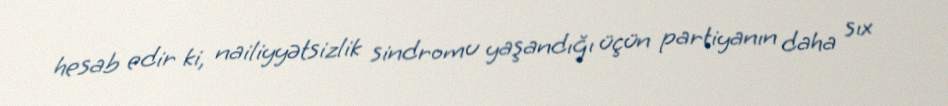
hesab edir ki, nailiyyətsizlik sindromu yaşandığı üçün partiyanın daha sıx